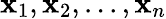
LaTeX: \mathbf{x}_{1},\mathbf{x}_{2},...,\mathbf{x}_{n}